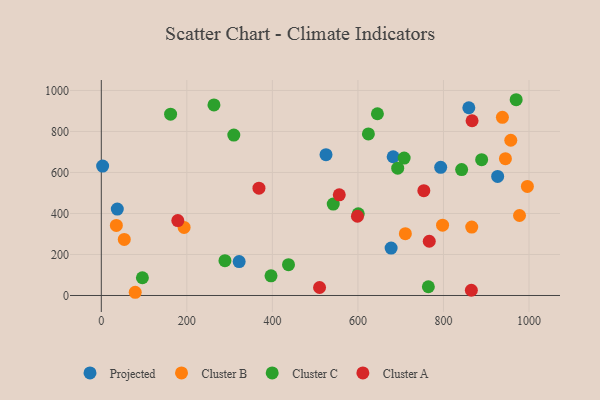
{"axis": {"x": "Ad Spend", "y": "Exam Score"}, "legend": ["Cluster A", "Cluster B", "Cluster C", "Projected"], "data": [{"x": "677.6", "y": 231.1, "type": "Projected"}, {"x": "793.5", "y": 625.1, "type": "Projected"}, {"x": "682.4", "y": 676.7, "type": "Projected"}, {"x": "37.4", "y": 421.4, "type": "Projected"}, {"x": "3.1", "y": 631.5, "type": "Projected"}, {"x": "926.7", "y": 581.0, "type": "Projected"}, {"x": "525.4", "y": 687.0, "type": "Projected"}, {"x": "859.3", "y": 915.8, "type": "Projected"}, {"x": "322.3", "y": 165.5, "type": "Projected"}, {"x": "35.2", "y": 341.6, "type": "Cluster B"}, {"x": "977.8", "y": 390.2, "type": "Cluster B"}, {"x": "937.8", "y": 869.0, "type": "Cluster B"}, {"x": "944.9", "y": 667.5, "type": "Cluster B"}, {"x": "957.4", "y": 757.2, "type": "Cluster B"}, {"x": "866.1", "y": 333.7, "type": "Cluster B"}, {"x": "996.2", "y": 531.8, "type": "Cluster B"}, {"x": "193.6", "y": 331.8, "type": "Cluster B"}, {"x": "797.9", "y": 342.8, "type": "Cluster B"}, {"x": "710.9", "y": 301.3, "type": "Cluster B"}, {"x": "79.3", "y": 15.7, "type": "Cluster B"}, {"x": "53.7", "y": 273.3, "type": "Cluster B"}, {"x": "437.7", "y": 150.2, "type": "Cluster C"}, {"x": "764.7", "y": 42.6, "type": "Cluster C"}, {"x": "693.0", "y": 621.2, "type": "Cluster C"}, {"x": "542.3", "y": 445.8, "type": "Cluster C"}, {"x": "96.1", "y": 86.5, "type": "Cluster C"}, {"x": "309.8", "y": 782.6, "type": "Cluster C"}, {"x": "396.8", "y": 95.9, "type": "Cluster C"}, {"x": "645.6", "y": 886.4, "type": "Cluster C"}, {"x": "708.1", "y": 670.4, "type": "Cluster C"}, {"x": "624.5", "y": 788.1, "type": "Cluster C"}, {"x": "970.0", "y": 954.9, "type": "Cluster C"}, {"x": "600.8", "y": 398.7, "type": "Cluster C"}, {"x": "889.3", "y": 662.4, "type": "Cluster C"}, {"x": "162.0", "y": 884.3, "type": "Cluster C"}, {"x": "842.5", "y": 614.1, "type": "Cluster C"}, {"x": "289.1", "y": 169.8, "type": "Cluster C"}, {"x": "263.4", "y": 929.4, "type": "Cluster C"}, {"x": "754.1", "y": 511.5, "type": "Cluster A"}, {"x": "598.9", "y": 386.5, "type": "Cluster A"}, {"x": "556.4", "y": 491.0, "type": "Cluster A"}, {"x": "865.2", "y": 25.5, "type": "Cluster A"}, {"x": "178.9", "y": 365.3, "type": "Cluster A"}, {"x": "866.9", "y": 852.3, "type": "Cluster A"}, {"x": "510.3", "y": 39.1, "type": "Cluster A"}, {"x": "368.6", "y": 523.3, "type": "Cluster A"}, {"x": "766.8", "y": 264.6, "type": "Cluster A"}]}